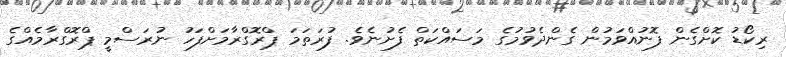
ރިކޯޑު ކޮށްގެން ފޮނުއްވަމުން ގެންދެވުމުގެ މަސައްކަތް ފެށުނެވެ. ފުރަތަމަ ޕްރޮގްރާމަށްފަހު ނުރަސްމީ ޕްރޮގްރާމެއްގެ